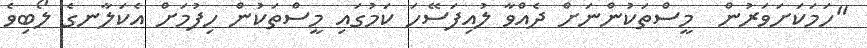
"ހަމަކަށަވަރުން  މީސްތަކުންނަށް ދެއްވާ ލުއިފަސޭހަ ކަމުގައި މީސްތަކުން ހިފުމަށް އެކަލާނގެ ލޯބިވެ